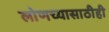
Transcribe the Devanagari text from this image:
लोणच्यासाठीही